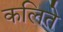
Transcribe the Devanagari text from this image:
कलिते